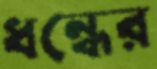
ধন্ধের